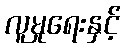
လူမှုရေးနှင့်